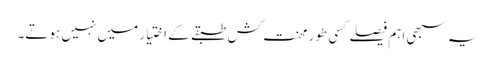
یہ سبھی اہم فیصلے کسی طور محنت کش طبقے کے اختیار میں نہیں ہوتے۔